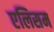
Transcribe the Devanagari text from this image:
एलिसम